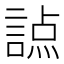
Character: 𧪊